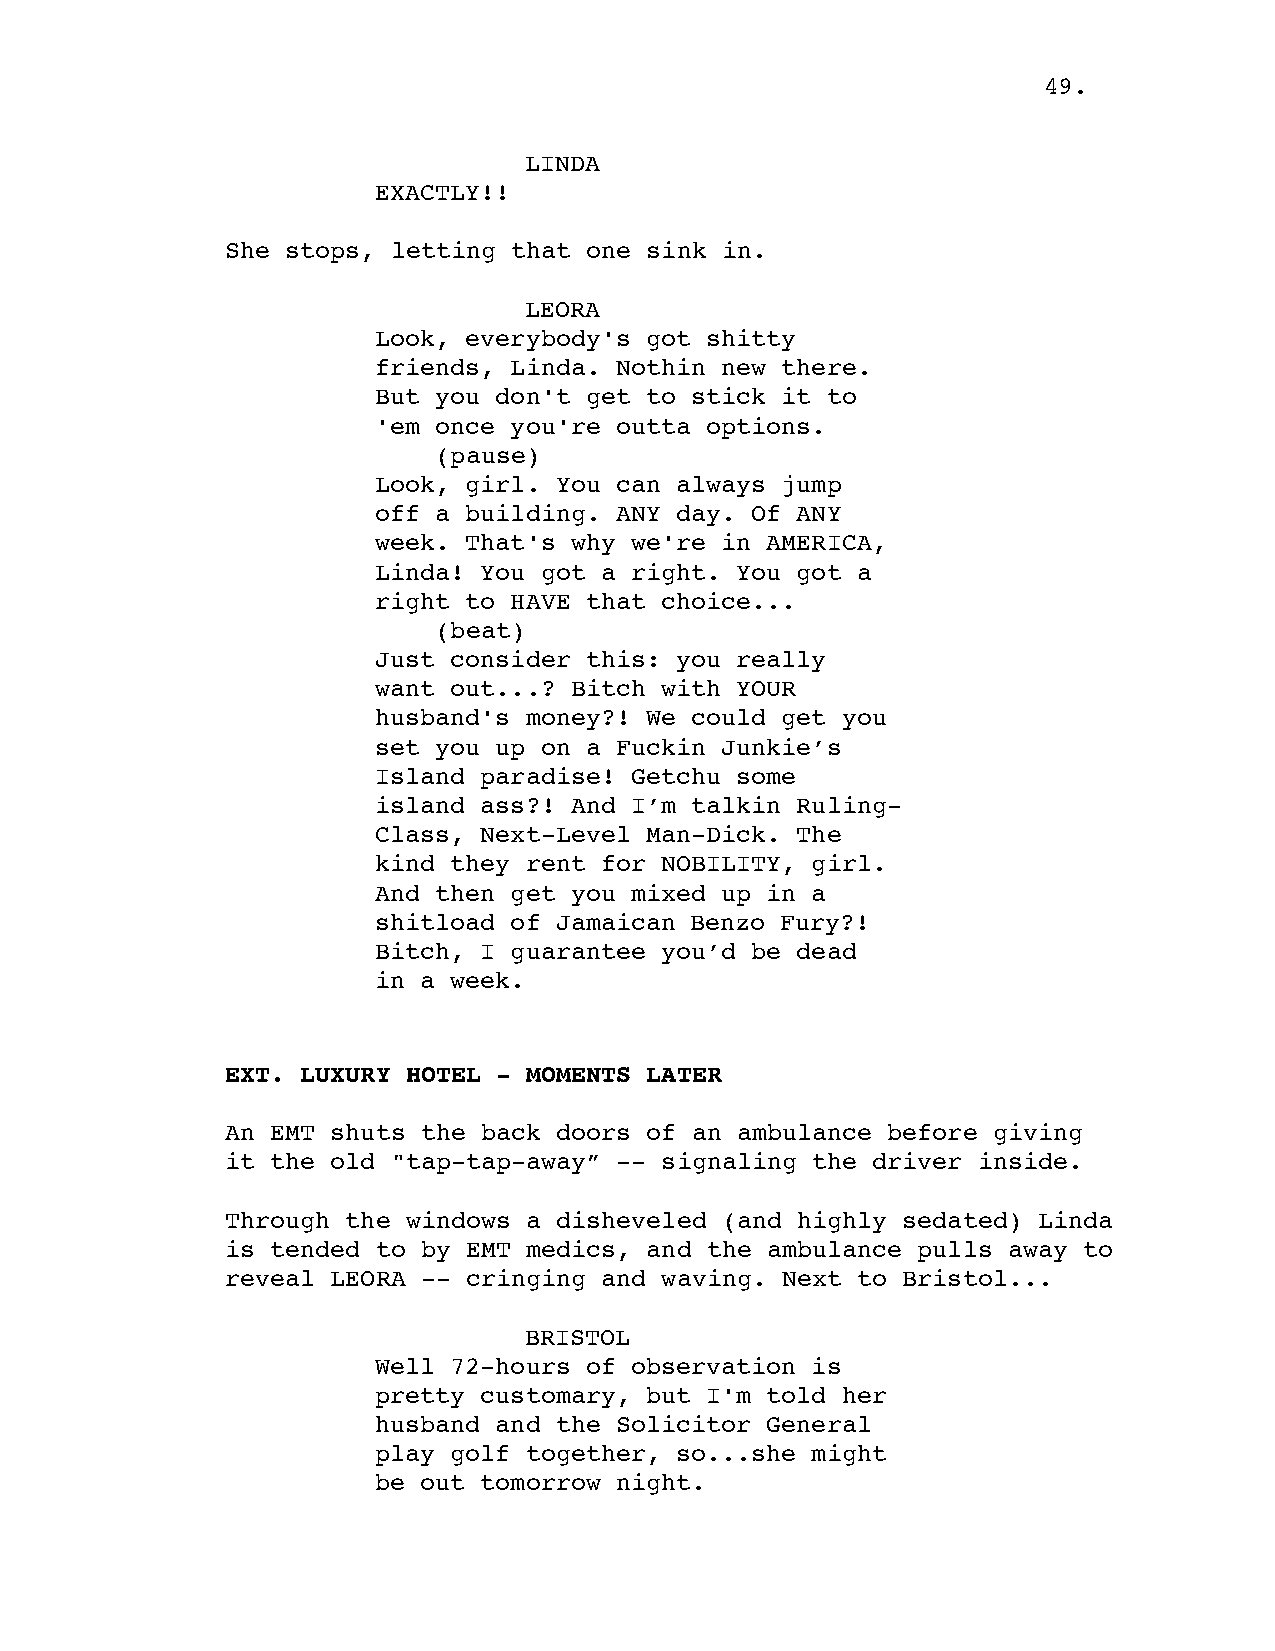
49.
 LINDA
 EXACTLY!!
 She stops, letting that one sink in.
 LEORA
 Look, everybody's got shitty
 friends, Linda. Nothin new there.
 But you don't get to stick it to
 'em once you're outta options.
 (pause)
 Look, girl. You can always jump
 off a building. ANY day. Of ANY
 week. That's why we're in AMERICA,
 Linda! You got a right. You got a
 right to HAVE that choice...
 (beat)
 Just consider this: you really
 want out...? Bitch with YOUR
 husband's money?! We could get you
 set you up on a Fuckin Junkie’s
 Island paradise! Getchu some
 island ass?! And I’m talkin Ruling-
 Class, Next-Level Man-Dick. The
 kind they rent for NOBILITY, girl.
 And then get you mixed up in a
 shitload of Jamaican Benzo Fury?!
 Bitch, I guarantee you’d be dead
 in a week.
 EXT. LUXURY HOTEL - MOMENTS LATER
 An EMT shuts the back doors of an ambulance before giving
 it the old "tap-tap-away” -- signaling the driver inside.
 Through the windows a disheveled (and highly sedated) Linda
 is tended to by EMT medics, and the ambulance pulls away to
 reveal LEORA -- cringing and waving. Next to Bristol...
 BRISTOL
 Well 72-hours of observation is
 pretty customary, but I'm told her
 husband and the Solicitor General
 play golf together, so...she might
 be out tomorrow night.